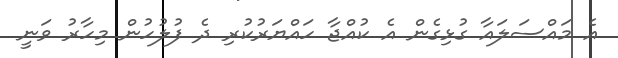
އެ މައްސަލައާ ގުޅިގެން އެ ކުއްޖާ ހައްޔަރުކުރި ދެ ފުލުހުން މިހާރު ވަނީ